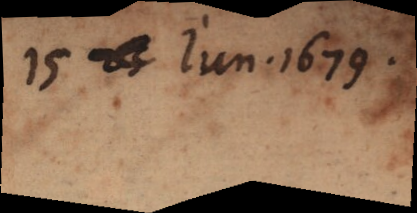
15 jun . 1679.